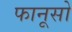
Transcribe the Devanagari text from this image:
फानूसो